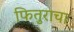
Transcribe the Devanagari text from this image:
फितुराचा